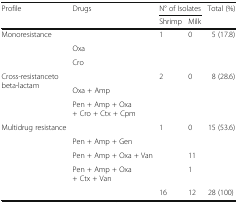
<table><thead><tr><td rowspan="2"><b>Profile</b></td><td rowspan="2"><b>Drugs</b></td><td colspan="2"><b>N° of Isolates</b></td><td rowspan="2"><b>Total (%)</b></td></tr><tr><td><b>Shrimp</b></td><td><b>Milk</b></td></tr></thead><tbody><tr><td rowspan="3">Monoresistance</td><td>[EMPTY_CELL]</td><td>1</td><td>0</td><td rowspan="3">5 (17.8)</td></tr><tr><td>Oxa</td><td>[EMPTY_CELL]</td><td>[EMPTY_CELL]</td></tr><tr><td>Cro</td><td>[EMPTY_CELL]</td><td>[EMPTY_CELL]</td></tr><tr><td rowspan="3">Cross-resistanceto beta-lactam</td><td>[EMPTY_CELL]</td><td>2</td><td>0</td><td rowspan="3">8 (28.6)</td></tr><tr><td>Oxa + Amp</td><td>[EMPTY_CELL]</td><td>[EMPTY_CELL]</td></tr><tr><td>Pen + Amp + Oxa + Cro + Ctx + Cpm</td><td>[EMPTY_CELL]</td><td>[EMPTY_CELL]</td></tr><tr><td rowspan="4">Multidrug resistance</td><td>[EMPTY_CELL]</td><td>1</td><td>0</td><td rowspan="4">15 (53.6)</td></tr><tr><td>Pen + Amp + Gen</td><td>[EMPTY_CELL]</td><td>[EMPTY_CELL]</td></tr><tr><td>Pen + Amp + Oxa + Van</td><td>[EMPTY_CELL]</td><td>11</td></tr><tr><td>Pen + Amp + Oxa + Ctx + Van</td><td>[EMPTY_CELL]</td><td>1</td></tr><tr><td>[EMPTY_CELL]</td><td>[EMPTY_CELL]</td><td>16</td><td>12</td><td>28 (100)</td></tr></tbody></table>